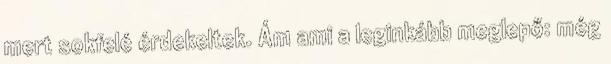
mert sokfelé érdekeltek. Ám ami a leginkább meglepő: még